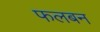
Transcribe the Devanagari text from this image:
फलबन